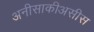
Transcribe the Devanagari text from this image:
अनीसाकीअसीस